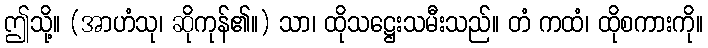
ဤသို့။ (အာဟံသု၊ ဆိုကုန်၏။) သာ၊ ထိုသဋ္ဌေးသမီးသည်။ တံ ကထံ၊ ထိုစကားကို။